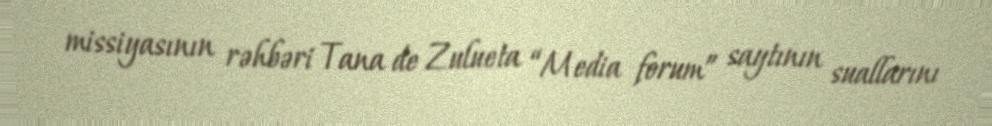
missiyasının rəhbəri Tana de Zulueta “Media forum” saytının suallarını